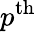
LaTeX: p^{\mathrm{th}}